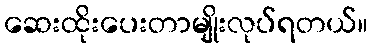
ဆေးထိုးပေးတာမျိုးလုပ်ရတယ်။